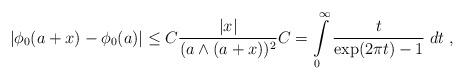
LaTeX: \begin{align*} |\phi_0(a + x) - \phi_0(a)| \le C \frac{|x|}{(a \wedge (a + x))^2} C = \int \limits_0^\infty \frac{t}{\exp(2\pi t) - 1} \; dt ~, \end{align*}